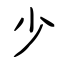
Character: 少